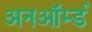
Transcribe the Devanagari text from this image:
अनऑर्म्ड